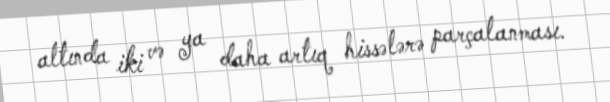
altında iki və ya daha artıq hissələrə parçalanması.